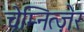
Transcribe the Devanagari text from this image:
चेम्नित्ज़ेर